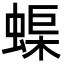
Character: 𮔟